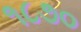
૧૮૭૦